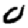
Digit: 0